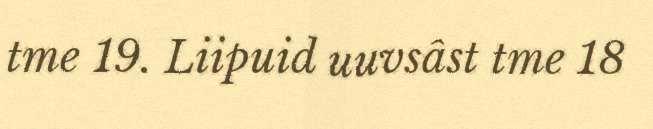
tme 19. Liipuid uuvsâst tme 18